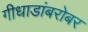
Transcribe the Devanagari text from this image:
गीधाडांबरोबर